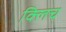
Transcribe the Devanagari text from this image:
क्लिच